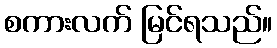
စကားလက် မြင်ရသည်။